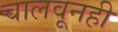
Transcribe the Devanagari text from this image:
चालवूनही